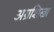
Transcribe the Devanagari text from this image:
अग्रशिखा